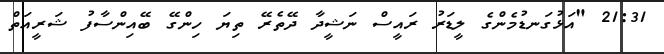
21:31 "އަޅުގަނޑުމެންގެ ލީޑަރު ރައީސް ނަޝީދާ ދޭތެރޭ ތިޔަ ހިންގޭ ބޭއިންސާފު ޝަރީއަތް